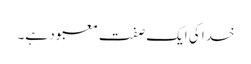
خدا کی ایک صفت معبود ہے۔